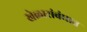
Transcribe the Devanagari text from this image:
खेळासंबंधात